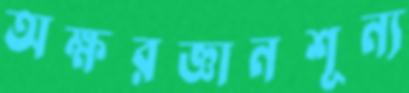
অক্ষরজ্ঞানশূন্য